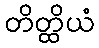
တိတ္ထိယံ